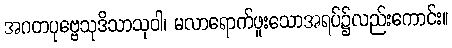
အဂတပုဗ္ဗေသုဒိသာသုဝါ၊ မလာရောက်ဖူးသောအရပ်၌လည်းကောင်း။